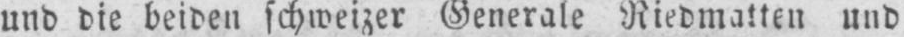
und die beiden schweizer Generale Riedmatten und